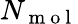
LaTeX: N_{\mathrm{~m~o~l~}}